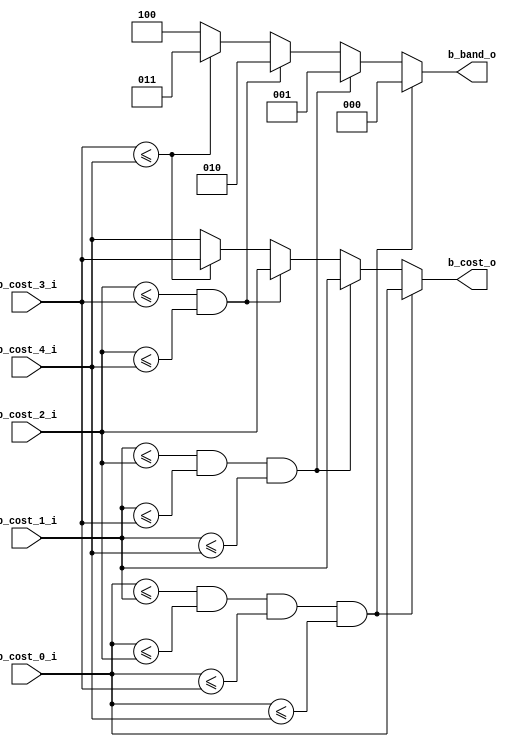
//------------------------------------------------------------------- 
//                                                                    
//  COPYRIGHT (C) 2011, VIPcore Group, Fudan University               
//                                                                    
//  THIS FILE MAY NOT BE MODIFIED OR REDISTRIBUTED WITHOUT THE        
//  EXPRESSED WRITTEN CONSENT OF VIPcore Group                        
//                                                                    
//  VIPcore       : http://soc.fudan.edu.cn/vip                       
//  IP Owner 	  : Yibo FAN                                          
//  Contact       : fanyibo@fudan.edu.cn                              
//------------------------------------------------------------------- 
// Description    : calculation the final offset                      
//------------------------------------------------------------------- 
module db_sao_compare_cost(
                            b_cost_0_i     ,
                            b_cost_1_i     ,
                            b_cost_2_i     ,
                            b_cost_3_i     ,
                            b_cost_4_i     ,
                            b_cost_o       ,
                            b_band_o  	   
						);
//---------------------------------------------------------------------------
//                                                                           
//                        INPUT/OUTPUT DECLARATION                           
//                                                                           
//---------------------------------------------------------------------------
parameter DIS_WIDTH     =    25                         ;

input   signed [DIS_WIDTH+2:0 ] b_cost_0_i              ;
input   signed [DIS_WIDTH+2:0 ] b_cost_1_i              ;
input   signed [DIS_WIDTH+2:0 ] b_cost_2_i              ;
input   signed [DIS_WIDTH+2:0 ] b_cost_3_i              ;
input   signed [DIS_WIDTH+2:0 ] b_cost_4_i              ;
output  signed [DIS_WIDTH+2:0 ] b_cost_o                ;
output         [          2:0 ] b_band_o                ;

reg     signed [DIS_WIDTH+2:0 ] b_cost_r                ;
reg            [          2:0 ] b_band_r                ;

wire          b_cost_0lt1_w                             ;
wire          b_cost_0lt2_w                             ;
wire          b_cost_0lt3_w                             ;
wire          b_cost_0lt4_w                             ;

wire          b_cost_1lt2_w                             ;
wire          b_cost_1lt3_w                             ;
wire          b_cost_1lt4_w                             ;

wire          b_cost_2lt3_w                             ;
wire          b_cost_2lt4_w                             ;

wire          b_cost_3lt4_w                             ;


assign        b_cost_0lt1_w =  b_cost_0_i <= b_cost_1_i ;
assign        b_cost_0lt2_w =  b_cost_0_i <= b_cost_2_i ;
assign        b_cost_0lt3_w =  b_cost_0_i <= b_cost_3_i ;
assign        b_cost_0lt4_w =  b_cost_0_i <= b_cost_4_i ;

assign        b_cost_1lt2_w =  b_cost_1_i <= b_cost_2_i ;
assign        b_cost_1lt3_w =  b_cost_1_i <= b_cost_3_i ;
assign        b_cost_1lt4_w =  b_cost_1_i <= b_cost_4_i ;

assign        b_cost_2lt3_w =  b_cost_2_i <= b_cost_3_i ;
assign        b_cost_2lt4_w =  b_cost_2_i <= b_cost_4_i ;

assign        b_cost_3lt4_w =  b_cost_3_i <= b_cost_4_i ;


always @* begin 
    if(b_cost_0lt1_w && b_cost_0lt2_w && b_cost_0lt3_w && b_cost_0lt4_w) begin 
        b_cost_r  =   b_cost_0_i  ;
		b_band_r  =   3'd0        ;   
    end 
    else if(b_cost_1lt2_w && b_cost_1lt3_w && b_cost_1lt4_w ) begin 
        b_cost_r  =   b_cost_1_i  ;
		b_band_r  =   3'd1        ;   
    end 
    else if(b_cost_2lt3_w && b_cost_2lt4_w ) begin
        b_cost_r  =   b_cost_2_i  ;
		b_band_r  =   3'd2        ;   
    end 
    else if(b_cost_3lt4_w) begin 
        b_cost_r  =   b_cost_3_i  ;
		b_band_r  =   3'd3        ;   
    end 
    else begin 
        b_cost_r  =   b_cost_4_i  ;
		b_band_r  =   3'd4        ; 
    end 
end 

assign      b_cost_o   =   b_cost_r   ;
assign      b_band_o   =   b_band_r   ;


endmodule